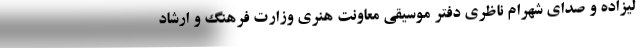
لیزاده و صدای شهرام ناظری دفتر موسیقی معاونت هنری وزارت فرهنگ و ارشاد